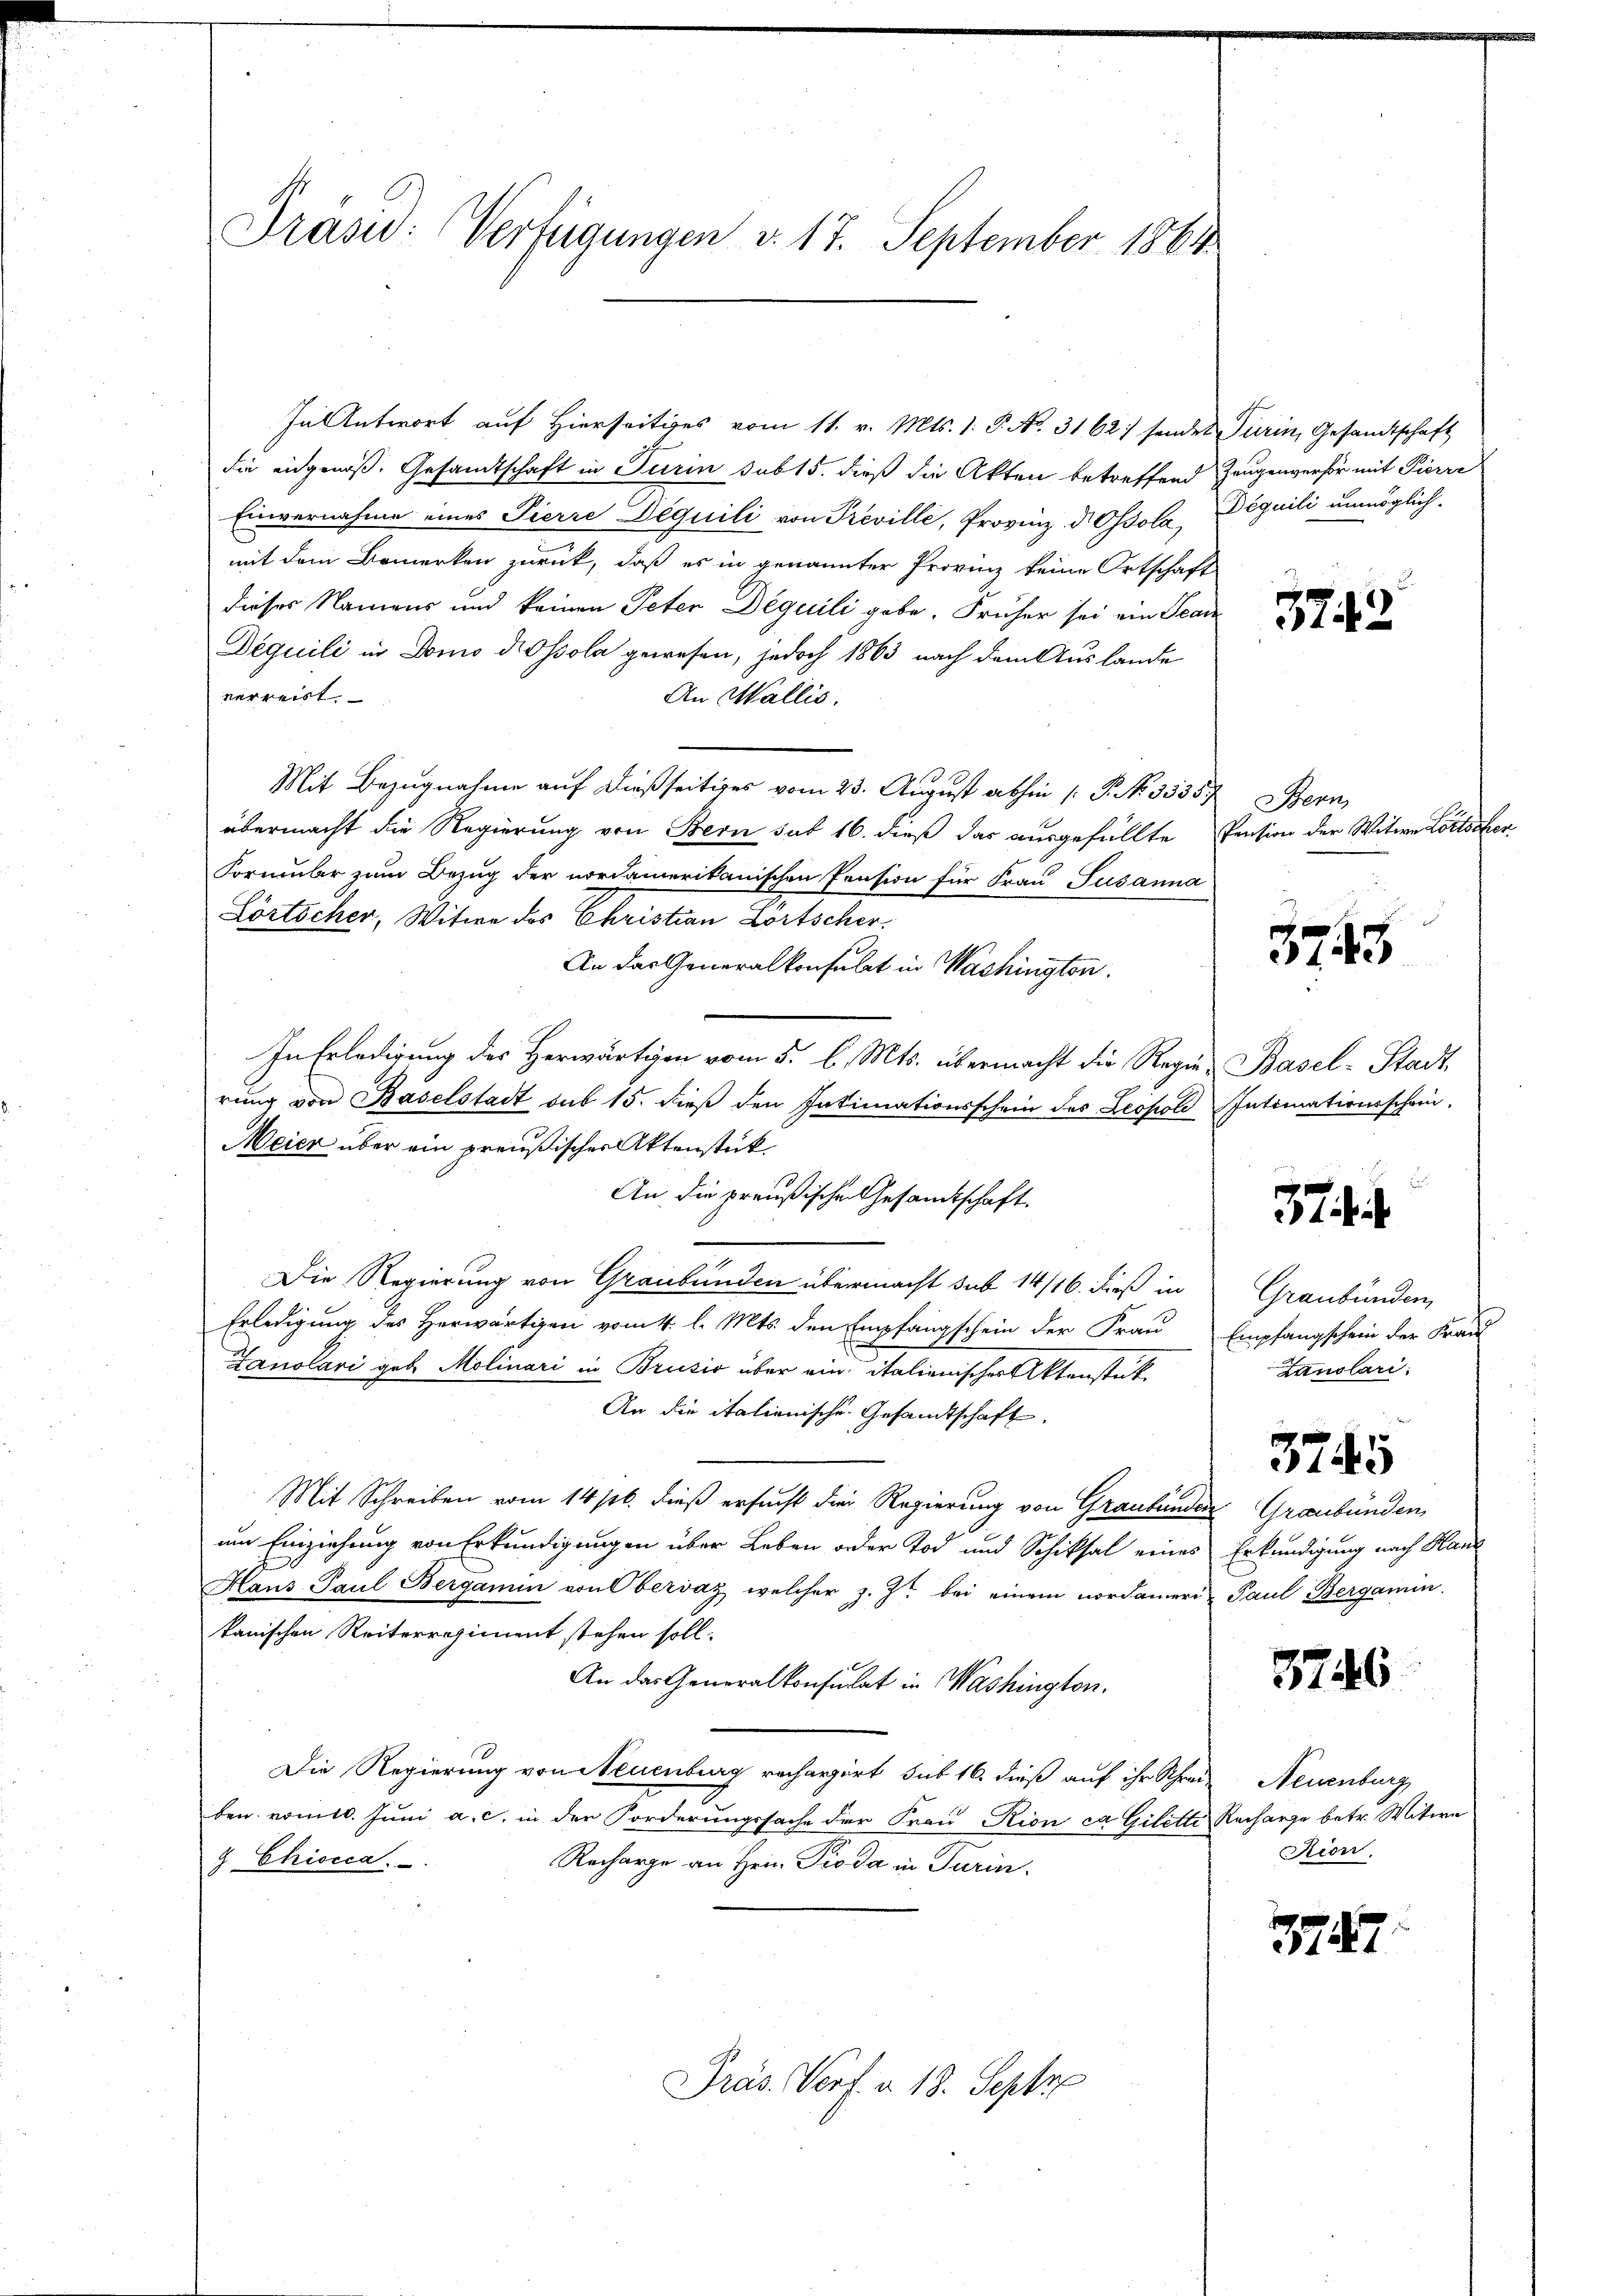
Präsid. Verfügungen v. 17. September 1864

In Antwort auf Hierseitiges vom 11. v. Mts. 1. P. No. 3162) sendet Turin, Gesandtschaft
die eidgenoß. Gesandtschaft in Turin sub 15. dieß die Akten betreffend
Einvernahme eines Pierre Dequili von Preville, Provinz d Ossola,
mit dem Bemerken zurück, daß es in genannter Provinz keine Ortschaft
dieses Namens und keinen Peter Déquili gebe. Früher sei ein Scar
Déquili in Domo Drossola gewesen, jedoch 1863 nach dem Auslande
verreist.
An Wallis.
Mit Bezugnahme auf dießseitiges vom 23. August abhin /: P. No. 3535.
übermacht die Regierung von Bern sub 16. dieß das ausgefüllte
Formubr zum Bezug der nordamerikanischen Pension für Frau Susanna
Lörtscher, Witwe des Christian Lörtscher¬
An das Generalkonsulat in Washington.
In Erledigung des Herwärtigen vom 5. d. Mts. übermacht die Regie-Basel-Stadt,
rung von Baselstadt sub 15. dieß den Intimationsschein des Leopold Intimationsschein,
Meier über ein preußischer Aktenstück
An die preußische Gesamtschaft.
Die Regierung von Graubünden übermacht sub 14/16. dieß in
Erledigung des Herwärtigen vom 4. l. Mts. den Empfangschein der Frau
Zanolari geb. Molinari in Brusio über ein italienischer Aktenstük¬
An die italienische Gesandtschaft,
Mit Schreiben vom 14/16. dieß ersucht die Regierung von Graubünden Graubünden
um Einziehung von Erkundigungen über Leben oder Tod und Schiksal eines Erkundigung nach Hand
Hans Paul Bergamin von Obervaz, welcher z. Zt. bei einem nordameri- Paul Bergamin
kanischen Reiterregiment stehen soll.
An das Generalkonsulat in Washington.
Die Regierung von Neuenburg rechargirt sub 16. dieß auf ihr Schreize Neuenburg
ben vom 10. Juni a. c. in der Forderungssache der Frau Rion ca Gilette
g. Chiocca.
Recharge an Hrn. Pioda in Turin.

Präs. Vorf. v. 18. Sept

Zeugenverhör mit Pierre
Déquili unmöglich

3742

Bern
Pension der Witwe Lostocker.

3745

i

Graubünden,
Empfangschein der Frau
Lanolari

3745

3746

Recharge betr. Witwe
Rion.

3787